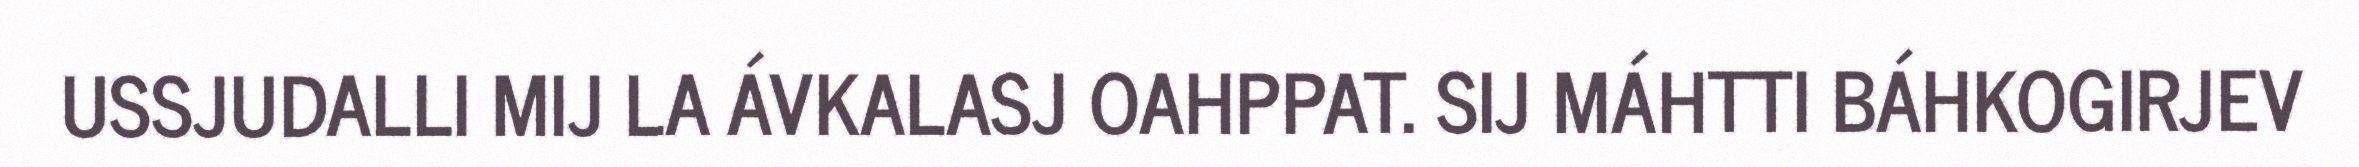
USSJUDALLI MIJ LA ÁVKALASJ OAHPPAT. SIJ MÁHTTI BÁHKOGIRJEV